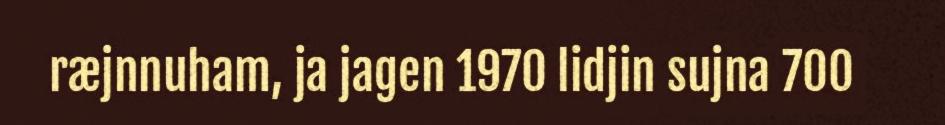
ræjnnuham, ja jagen 1970 lidjin sujna 700